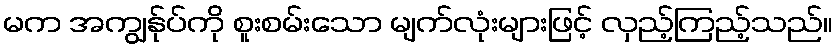
မက အကျွန်ုပ်ကို စူးစမ်းသော မျက်လုံးများဖြင့် လှည့်ကြည့်သည်။